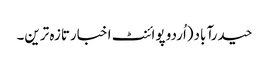
حیدرآباد(اُردو پوائنٹ اخبارتازہ ترین۔